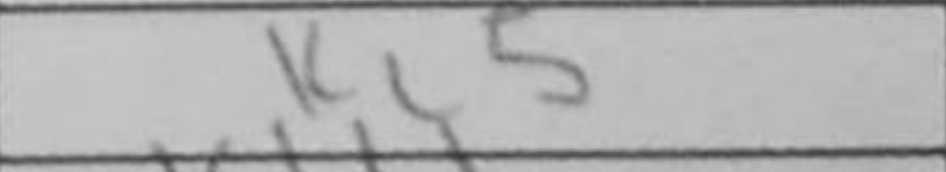
Transcription: Kc5